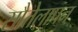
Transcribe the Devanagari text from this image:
सौतेलापन